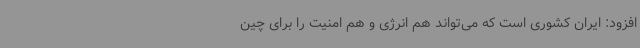
افزود: ایران کشوری است که می‌تواند هم انرژی و هم امنیت را برای چین